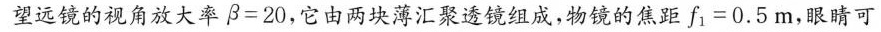
望远镜的视角放大率$$β = 2 0$$，它由两块薄汇聚透镜组成，物镜的焦距f_{1}=0.5m，眼睛可